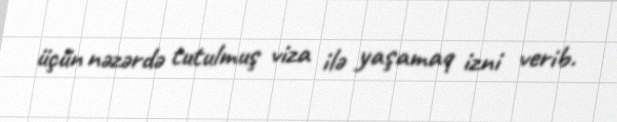
üçün nəzərdə tutulmuş viza ilə yaşamaq izni verib.